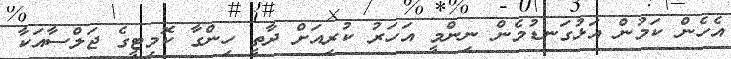
އެހެން ކަމުން އަޅުގަނޑުމެން ނިންމީ އަހަރު ކުރިއަށް ދާތީ ހިންގާ ކޮމިޓީގެ ޖަލްސާއަކާ